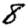
Digit: 8